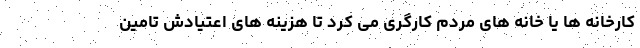
کارخانه ها یا خانه های مردم کارگری می کرد تا هزینه های اعتیادش تامین